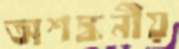
অশঙ্কনীয়